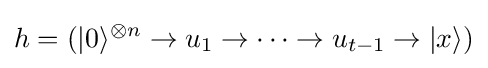
h=(|0\rangle ^{\otimes n}\rightarrow u_{1}\rightarrow \cdots \rightarrow u_{t-1}\rightarrow |x\rangle )